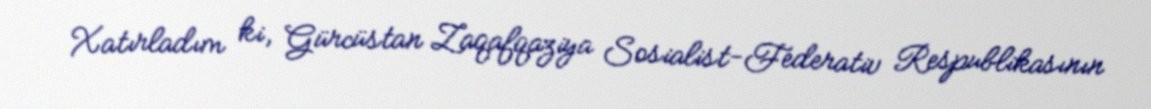
Xatırladım ki, Gürcüstan Zaqafqaziya Sosialist-Federativ Respublikasının